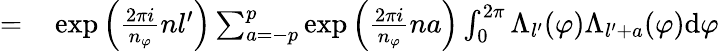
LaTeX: \begin{array}{rl}{=}&{{}\exp{\left(\frac{2\pi i}{n_{\varphi}}nl^{\prime}\right)}\sum_{a=-p}^{p}\exp\left({\frac{2\pi i}{n_{\varphi}}na}\right)\int_{0}^{2\pi}\Lambda_{l^{\prime}}(\varphi)\Lambda_{l^{\prime}+a}(\varphi)\mathrm{d}{\varphi}}\end{array}